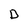
Character: D